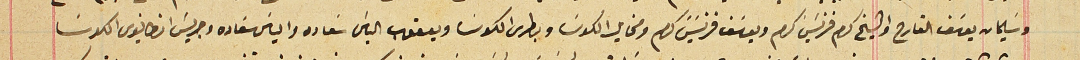
وسَليمان يوسَف القارح والشيخ كرم فرنسَيس كرم ويوسَف فرنسَيسَ كرم ومخايل الكوسَا وبطرس الكوسَا ويعقوب الياسَ سَعاده والياسَ سَعاده وجريسَ انطانيوس الكوسَا